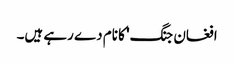
افغان جنگ' کا نام دے رہے ہیں۔